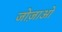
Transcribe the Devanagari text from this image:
जोज़ाओ